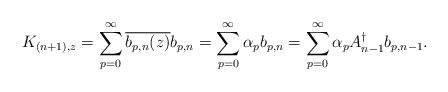
LaTeX: \begin{align*}K_{(n+1),z}=\sum_{p=0}^\infty \overline{b_{p,n}(z)} b_{p,n}=\sum_{p=0}^\infty \alpha_p b_{p,n}=\sum_{p=0}^\infty \alpha_p A_{n-1}^\dagger b_{p,n-1}.\end{align*}